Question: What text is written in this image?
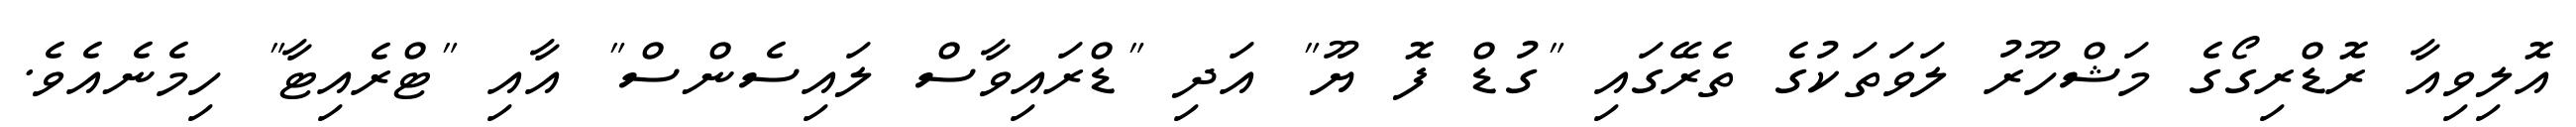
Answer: އޮލިވިއާ ރޮޑްރިގޯގެ މަޝްހޫރު ލަވަތަކުގެ ތެރޭގައި "ގުޑް ފޮ ޔޫ" އަދި "ޑްރައިވާސް ލައިސެންސް" އާއި "ޓްރެއިޓާ" ހިމެނެއެވެ.